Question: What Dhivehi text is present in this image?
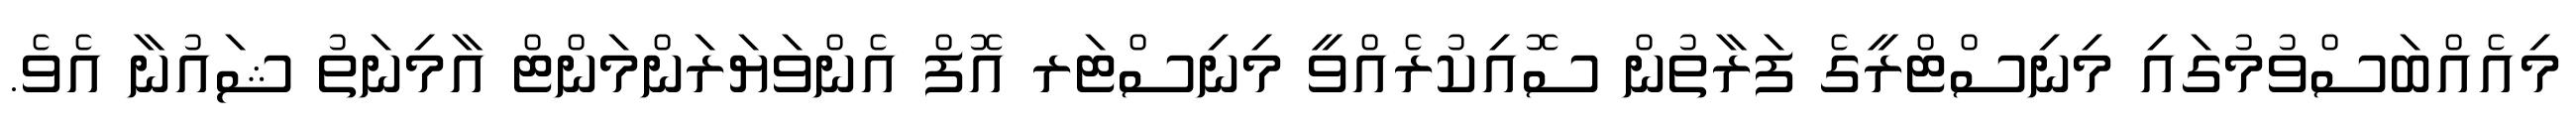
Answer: މިއެއްބަސްވުމުގައި މިނިސްޓްރީގެ ފަރާތުން ސޮއިކުރެއްވީ މިނިސްޓަރ އޮފް އެންވަޔަރަންމަންޓް އާމިނަތު ޝައުނާ އެވެ.